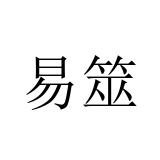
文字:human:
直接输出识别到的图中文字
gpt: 易筮